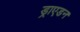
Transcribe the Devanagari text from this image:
ड्राएडन